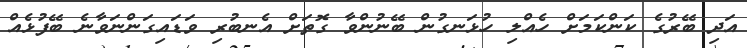
އަދި ބޭރުގެ ކަންކަމަށް ހެއްލި ހުޅަނގުން ބޭނުންވާ ގޮތަށް އެނބުރި ވަޑައިގަންނަވާނެ ބޭފުޅެއް